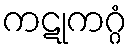
ကဋုကဂ္ဂံ